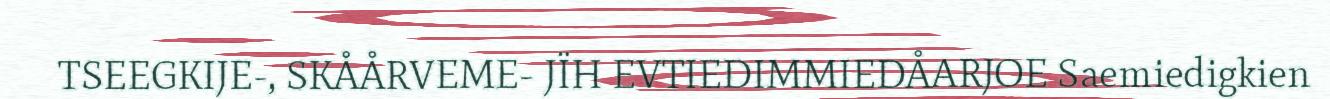
TSEEGKIJE-, SKÅÅRVEME- JÏH EVTIEDIMMIEDÅARJOE Saemiedigkien